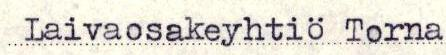
Laivaosakeyhtiö Torna